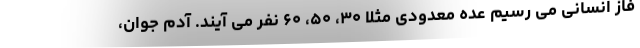
فاز انسانی می رسیم عده معدودی مثلا ۳۰، ۵۰، ۶۰ نفر می آیند. آدم جوان،